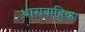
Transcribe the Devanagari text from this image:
धारावाहिका